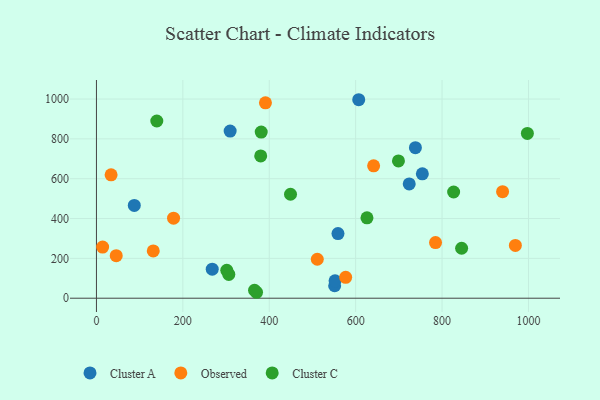
{"axis": {"x": "Engine Size", "y": "Sales"}, "legend": ["Cluster A", "Cluster C", "Observed"], "data": [{"x": "551.4", "y": 62.5, "type": "Cluster A"}, {"x": "754.4", "y": 624.5, "type": "Cluster A"}, {"x": "607.1", "y": 996.6, "type": "Cluster A"}, {"x": "87.6", "y": 465.7, "type": "Cluster A"}, {"x": "724.0", "y": 573.7, "type": "Cluster A"}, {"x": "559.1", "y": 324.7, "type": "Cluster A"}, {"x": "309.5", "y": 839.0, "type": "Cluster A"}, {"x": "552.3", "y": 87.1, "type": "Cluster A"}, {"x": "738.3", "y": 755.7, "type": "Cluster A"}, {"x": "268.0", "y": 145.9, "type": "Cluster A"}, {"x": "391.2", "y": 980.9, "type": "Observed"}, {"x": "511.2", "y": 195.7, "type": "Observed"}, {"x": "641.6", "y": 664.9, "type": "Observed"}, {"x": "45.8", "y": 213.6, "type": "Observed"}, {"x": "131.5", "y": 237.5, "type": "Observed"}, {"x": "14.3", "y": 257.0, "type": "Observed"}, {"x": "940.1", "y": 534.9, "type": "Observed"}, {"x": "784.9", "y": 279.1, "type": "Observed"}, {"x": "178.5", "y": 402.0, "type": "Observed"}, {"x": "969.7", "y": 264.9, "type": "Observed"}, {"x": "33.9", "y": 619.3, "type": "Observed"}, {"x": "576.9", "y": 105.0, "type": "Observed"}, {"x": "826.8", "y": 533.3, "type": "Cluster C"}, {"x": "699.1", "y": 689.5, "type": "Cluster C"}, {"x": "997.5", "y": 827.6, "type": "Cluster C"}, {"x": "370.6", "y": 29.8, "type": "Cluster C"}, {"x": "306.4", "y": 119.2, "type": "Cluster C"}, {"x": "365.9", "y": 40.0, "type": "Cluster C"}, {"x": "139.7", "y": 889.8, "type": "Cluster C"}, {"x": "301.7", "y": 139.9, "type": "Cluster C"}, {"x": "381.4", "y": 834.3, "type": "Cluster C"}, {"x": "845.3", "y": 250.9, "type": "Cluster C"}, {"x": "626.2", "y": 403.8, "type": "Cluster C"}, {"x": "380.2", "y": 714.6, "type": "Cluster C"}, {"x": "449.2", "y": 522.0, "type": "Cluster C"}]}